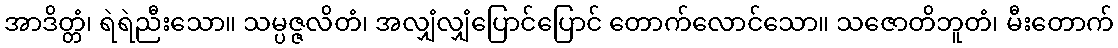
အာဒိတ္တံ၊ ရဲရဲညီးသော။ သမ္ပဇ္ဇလိတံ၊ အလျှံလျှံပြောင်ပြောင် တောက်လောင်သော။ သဇောတိဘူတံ၊ မီးတောက်